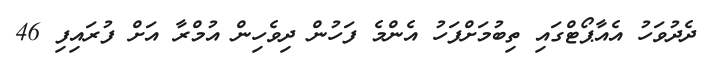
ދެދުވަހު އެއާޕޯޓްގައި ތިބުމަށްފަހު އެންމެ ފަހުން ދިވެހިން އުމްރާ އަށް ފުރައިފި 46